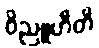
ဝိညူဟီတိ